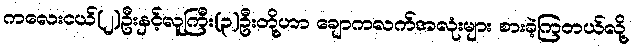
ကလေးငယ်(၂)ဦးနှင့်လူကြီး(၃)ဦးတို့ဟာ ချောကလက်အလုံးများ စားခဲ့ကြတယ်လို့